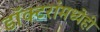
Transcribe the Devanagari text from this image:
डॉक्‍टरांमध्येही